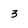
Character: 3